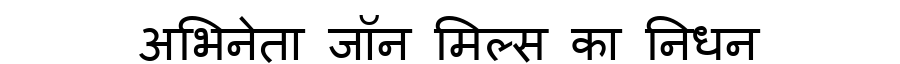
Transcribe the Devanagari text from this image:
अभिनेता जॉन मिल्स का निधन